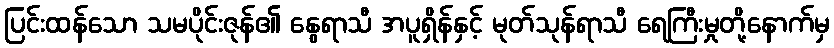
ပြင်းထန်သော သမပိုင်းဇုန်၏ နွေရာသီ အပူရှိန်နှင့် မုတ်သုန်ရာသီ ရေကြီးမှုတို့နောက်မှ